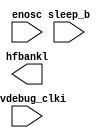
`timescale 1ps/100fs
//=====================================================================================================================
// Original Author   : mmeng (System Verilog)
// New      Author   : davidadu (Verilog)
//
// Copyright (c) 2019 Intel Corporation
// Intel Proprietary
//=====================================================================================================================

`celldefine
module i70idvdpmd03m50cshipbm1m3 (
   enosc,
   sleep_b,
   idvdebug_clki,
   hfbankl
);

   // INPUT PORTS
   input  [63:1] enosc ;

   input  sleep_b ;
   input  idvdebug_clki ;
   
   // OUTPUT PORTS
   output hfbankl ;

endmodule   // i70idvdpmd03m50ashipbm1m3
`endcelldefine